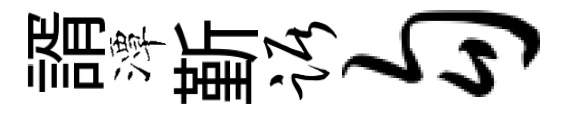
諝潭斳踞勾